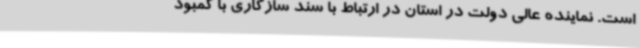
است. نماینده عالی دولت در استان در ارتباط با سند سازگاری با کمبود